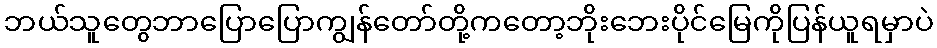
ဘယ်သူတွေဘာပြောပြောကျွန်တော်တို့ကတော့ဘိုးဘေးပိုင်မြေကိုပြန်ယူရမှာပဲ